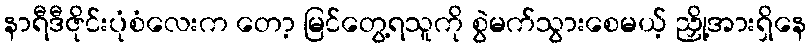
နာရီဒီဇိုင်းပုံစံလေးက တော့ မြင်တွေ့ရသူကို စွဲမက်သွားစေမယ့် ညှို့အားရှိနေ